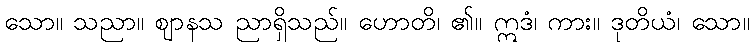
သော။ သညာ။ ဈာနသ ညာရှိသည်။ ဟောတိ၊ ၏။ ဣဒံ၊ ကား။ ဒုတိယံ၊ သော။